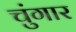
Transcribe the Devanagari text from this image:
चुंगार